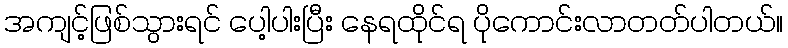
အကျင့်ဖြစ်သွားရင် ပေါ့ပါးပြီး နေရထိုင်ရ ပိုကောင်းလာတတ်ပါတယ်။